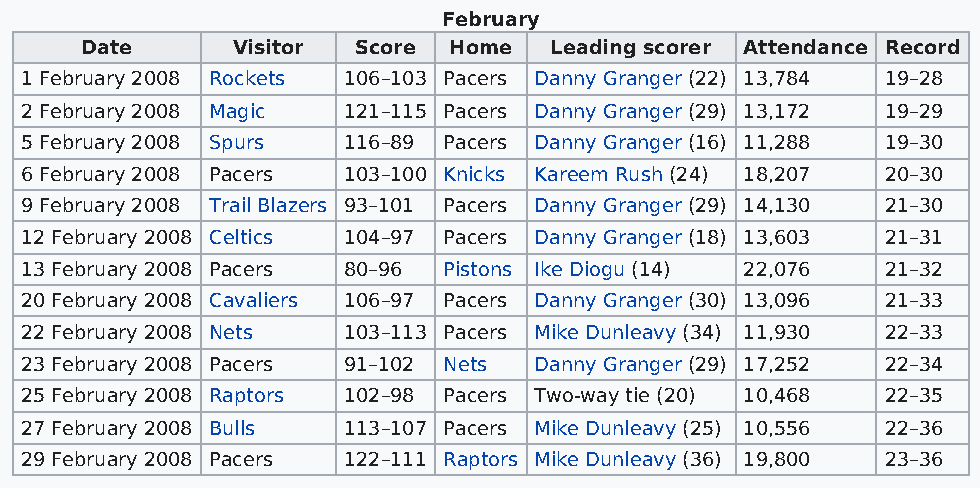
February
 Date      Visitor Score  Home  Leading scorer Attendance Record
 1 February 2008 Rockets 106–103 Pacers Danny Granger (22) 13,784 19–28
 2 February 2008 Magic 121–115 Pacers Danny Granger (29) 13,172 19–29
 5 February 2008 Spurs 116–89 Pacers Danny Granger (16) 11,288 19–30
 6 February 2008 Pacers 103–100 Knicks Kareem Rush (24) 18,207 20–30
 9 February 2008 Trail Blazers 93–101 Pacers Danny Granger (29) 14,130 21–30
 12 February 2008 Celtics 104–97 Pacers Danny Granger (18) 13,603 21–31
 13 February 2008 Pacers 80–96 Pistons Ike Diogu (14) 22,076 21–32
 20 February 2008 Cavaliers 106–97 Pacers Danny Granger (30) 13,096 21–33
 22 February 2008 Nets 103–113 Pacers Mike Dunleavy (34) 11,930 22–33
 23 February 2008 Pacers 91–102 Nets Danny Granger (29) 17,252 22–34
 25 February 2008 Raptors 102–98 Pacers Two-way tie (20) 10,468 22–35
 27 February 2008 Bulls 113–107 Pacers Mike Dunleavy (25) 10,556 22–36
 29 February 2008 Pacers 122–111 Raptors Mike Dunleavy (36) 19,800 23–36